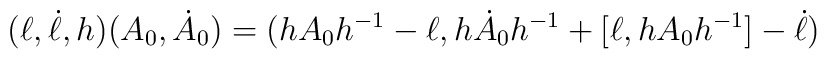
(\ell ,\dot \ell ,h)(A_0,\dot A_0)=(hA_0h^{-1}-\ell ,h\dot A_0h^{-1}+[\ell,hA_0h^{-1}]-\dot \ell )